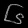
Digit: ၆